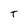
Character: T